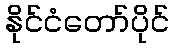
နိုင်ငံတော်ပိုင်